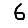
Digit: 6